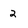
Character: 2